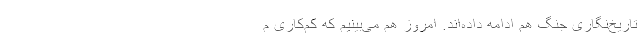
تاریخ‌نگاری جنگ هم ادامه داده‌اند. امروز هم می‌بینیم که کم‌کاری م